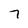
Character: 7